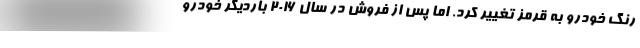
رنگ خودرو به قرمز تغییر کرد. اما پس از فروش در سال 2016 باردیگر خودرو